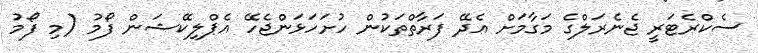
ސެކްރެޓަރީ ޖެނެރަލްގެ މަގާމަށް އެދޭ ފަރާތްތަކުން ހުށަހަޅަންޖެހޭ އެޕްލިކޭޝަން ފޯމު (މި ފޯމު